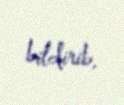
bildirib.